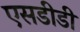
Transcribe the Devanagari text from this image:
एसडीडी